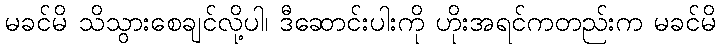
မခင်မိ သိသွားစေချင်လို့ပါ၊ ဒီဆောင်းပါးကို ဟိုးအရင်ကတည်းက မခင်မိ